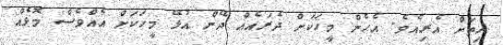
ހިތަށް އެރިއެވެ. އެހެން މީހަކަށް ދެރައެއް ދޭން އުޅޭ މީހަކަށް އެއްވެސް މޮޅެއް